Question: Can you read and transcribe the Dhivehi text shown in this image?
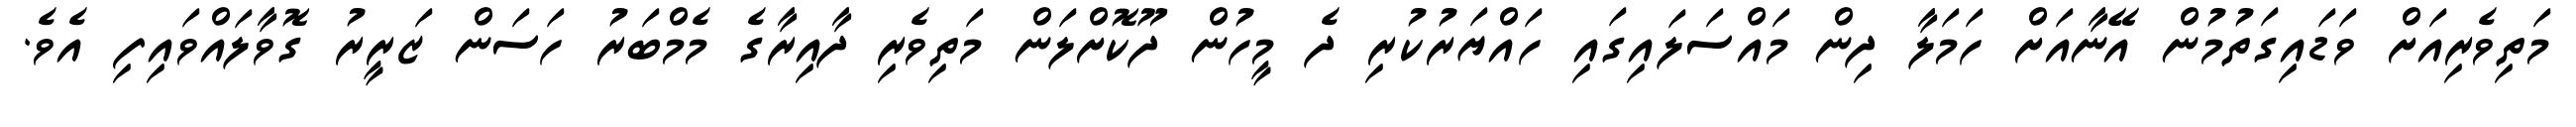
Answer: މަތިވެރިއަށް ވަޑައިގަތުމުން އޭނާއަށް ހަމަލާ ދިން މައްސަލައިގައި ހައްޔަރުކުރި ދެ މީހުން ދޫކޮށްލަން މަތިވެރި ދާއިރާގެ މެމްބަރު ހަސަން ޒަރީރު ގޮވާލައްވައިފި އެވެ.